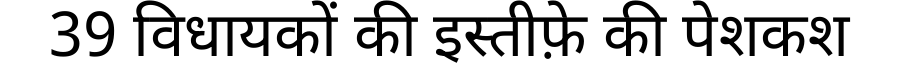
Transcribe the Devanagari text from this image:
39 विधायकों की इस्तीफ़े की पेशकश